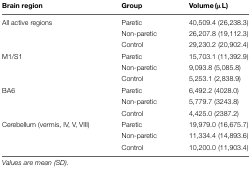
| Brain region | Group | Volume (μL) |
 | --- | --- | --- |
 | All active regions | Paretic | 40,509.4 (26,238.3) |
 |  | Non-paretic | 26,207.8 (19,112.3) |
 |  | Control | 29,230.2 (20,902.4) |
 | M1/S1 | Paretic | 15,703.1 (11,392.9) |
 |  | Non-paretic | 9,093.8 (5,085.8) |
 |  | Control | 5,253.1 (2,838.9) |
 | BA6 | Paretic | 6,492.2 (4028.0) |
 |  | Non-paretic | 5,779.7 (3243.8) |
 |  | Control | 4,425.0 (2387.2) |
 | Cerebellum (vermis, IV, V, VIII) | Paretic | 19,979.0 (16,675.7) |
 |  | Non-paretic | 11,334.4 (14,893.6) |
 |  | Control | 10,200.0 (11,903.4) |